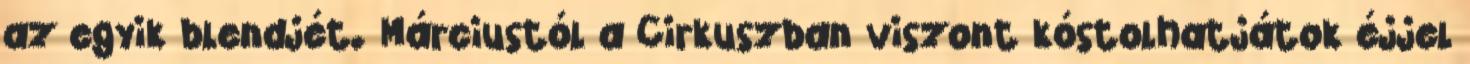
az egyik blendjét. Márciustól a Cirkuszban viszont kóstolhatjátok éjjel